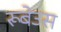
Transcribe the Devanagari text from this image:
रूबेउस